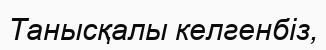
Танысқалы келгенбіз,